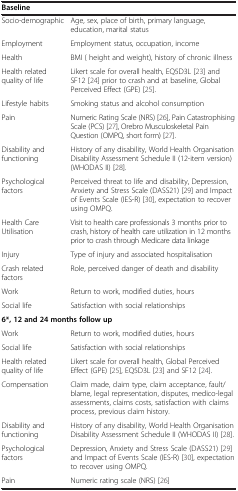
| <COLSPAN=2> Baseline |
 | --- | --- |
 | Socio-demographic | Age, sex, place of birth, primary language, education, marital status |
 | Employment | Employment status, occupation, income |
 | Health | BMI ( height and weight), history of chronic illness |
 | Health related quality of life | Likert scale for overall health, EQ5D3L[23] and SF12[24] prior to crash and at baseline, Global Perceived Effect (GPE)[25]. |
 | Lifestyle habits | Smoking status and alcohol consumption |
 | Pain | Numeric Rating Scale (NRS)[26], Pain Catastrophising Scale (PCS)[27], Orebro Musculoskeletal Pain Question (OMPQ, short form)[27]. |
 | Disability and functioning | History of any disability, World Health Organisation Disability Assessment Schedule II (12-item version) (WHODAS II)[28]. |
 | Psychological factors | Perceived threat to life and disability, Depression, Anxiety and Stress Scale (DASS21)[29] and Impact of Events Scale (IES-R)[30], expectation to recover using OMPQ. |
 | Health Care Utilisation | Visit to health care professionals 3 months prior to crash, history of health care utilization in 12 months prior to crash through Medicare data linkage |
 | Injury | Type of injury and associated hospitalisation |
 | Crash related factors | Role, perceived danger of death and disability |
 | Work | Return to work, modified duties, hours |
 | Social life | Satisfaction with social relationships |
 | <COLSPAN=2> 6*, 12 and 24 months follow up |
 | Work | Return to work, modified duties, hours |
 | Social life | Satisfaction with social relationships |
 | Health related quality of life | Likert scale for overall health, Global Perceived Effect (GPE)[25], EQ5D3L[23] and SF12[24]. |
 | Compensation | Claim made, claim type, claim acceptance, fault/blame, legal representation, disputes, medico-legal assessments, claims costs, satisfaction with claims process, previous claim history. |
 | Disability and functioning | History of any disability, World Health Organisation Disability Assessment Schedule II (WHODAS II)[28]. |
 | Psychological factors | Depression, Anxiety and Stress Scale (DASS21)[29] and Impact of Events Scale (IES-R)[30], expectation to recover using OMPQ. |
 | Pain | Numeric rating scale (NRS)[26] |